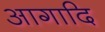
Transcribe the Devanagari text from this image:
आगादि